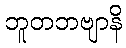
ဘူတဘဗျာနိ